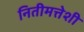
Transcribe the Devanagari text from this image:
नितीमत्तेशी